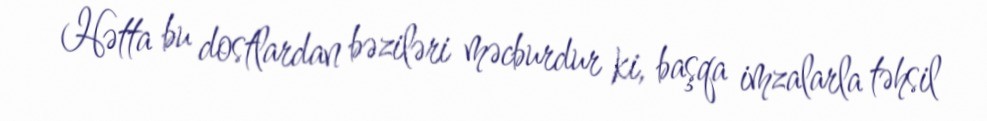
Hətta bu dostlardan bəziləri məcburdur ki, başqa imzalarla təhsil